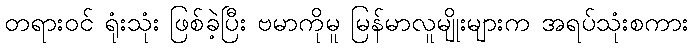
တရားဝင် ရုံးသုံး ဖြစ်ခဲ့ပြီး ဗမာကိုမူ မြန်မာလူမျိုးများက အရပ်သုံးစကား